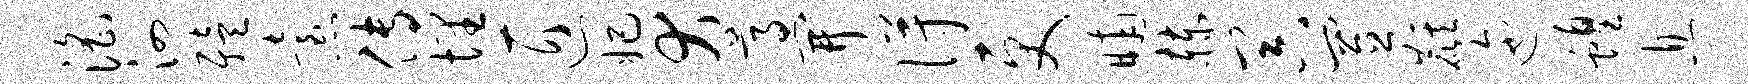
淫泗殪怠传埋匠妃犬尊开得更晡赫器置麒迤蝗息